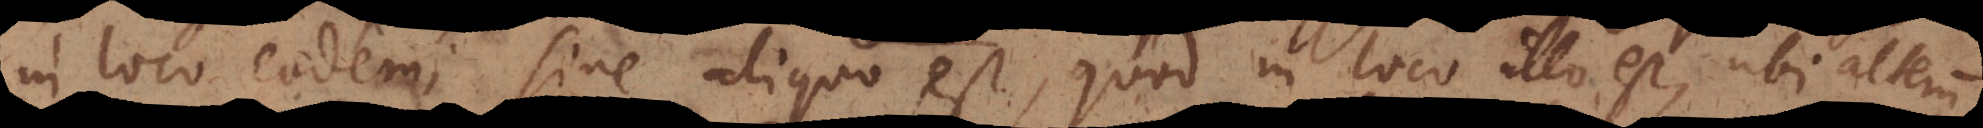
in loco eodem; sine aliquo est, quod in loco ullo est, ubi alterum